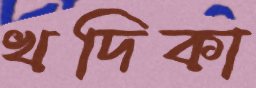
খদিকা